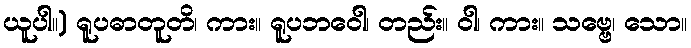
ယူပါ။) ရူပဓာတူတိ၊ ကား။ ရူပဘဝေါ၊ တည်း။ ဝါ၊ ကား။ သဗ္ဗေ၊ သော။